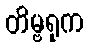
တိမ္ဗရုက